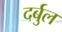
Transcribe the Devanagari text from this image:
दर्बुल